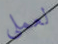
لعملي